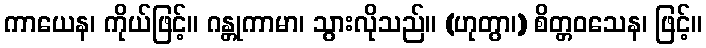
ကာယေန၊ ကိုယ်ဖြင့်။ ဂန္တုကာမာ၊ သွားလိုသည်။ (ဟုတွာ၊) စိတ္တဝသေန၊ ဖြင့်။